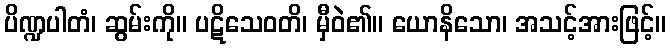
ပိဏ္ဍပါတံ၊ ဆွမ်းကို။ ပဋိသေဝတိ၊ မှီဝဲ၏။ ယောနိသော၊ အသင့်အားဖြင့်။